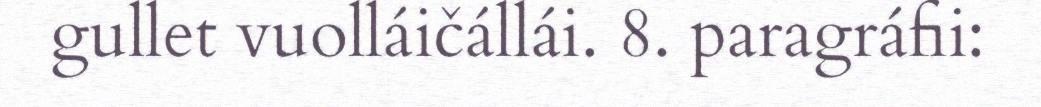
gullet vuolláičállái. 8. paragráfii: